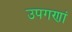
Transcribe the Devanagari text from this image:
उपगणां